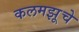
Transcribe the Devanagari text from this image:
कलमझूचे